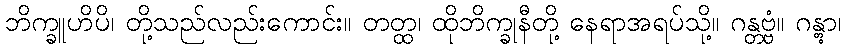
ဘိက္ခူဟိပိ၊ တို့သည်လည်းကောင်း။ တတ္ထ၊ ထိုဘိက္ခုနီတို့ နေရာအရပ်သို့။ ဂန္တဗ္ဗံ။ ဂန္တွာ၊